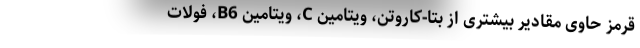
قرمز حاوی مقادیر بیشتری از بتا-کاروتن، ویتامین C، ویتامین B6، فولات